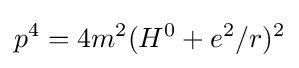
p^{4}=4m^{2}(H^{0}+e^{2}/r)^{2}